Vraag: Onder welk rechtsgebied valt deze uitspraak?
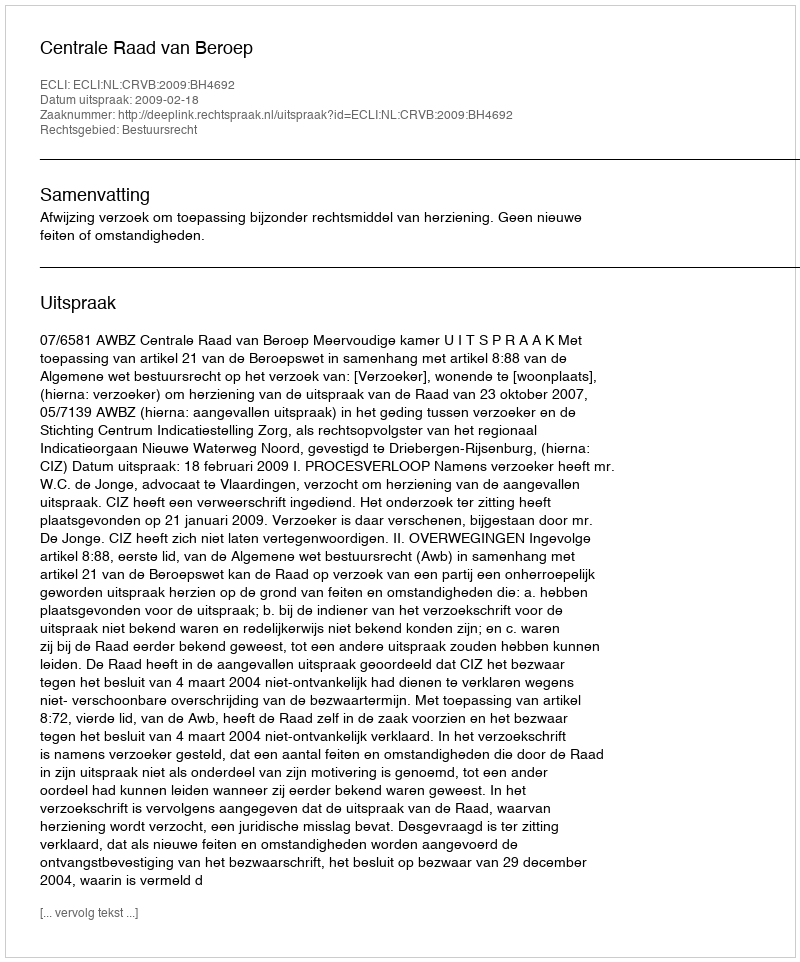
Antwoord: Bestuursrecht